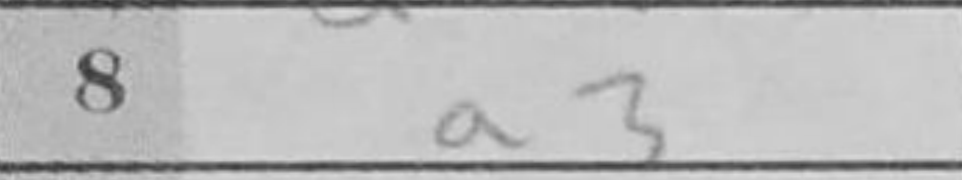
Transcription: a3